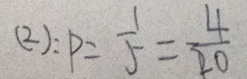
( 2 ) : p = \frac { 1 } { 5 } = \frac { 4 } { 2 0 }